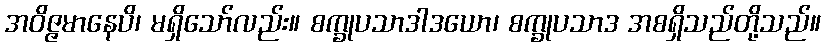
အဝိဇ္ဇမာနေပိ၊ မရှိသော်လည်း။ စက္ခုပသာဒါဒယော၊ စက္ခုပသာဒ အစရှိသည်တို့သည်။